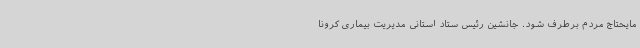
مایحتاج مردم برطرف شود. جانشین رئیس ستاد استانی مدیریت بیماری کرونا